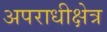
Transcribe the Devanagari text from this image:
अपराधीक्षेत्र